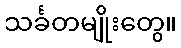
သင်္ခတမျိုးတွေ။